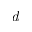
\emph { d }